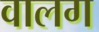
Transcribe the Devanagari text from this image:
वालग